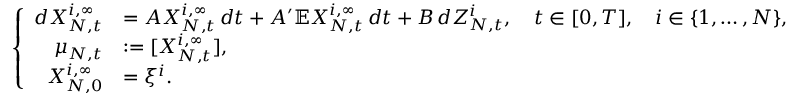
\left\{ \begin{array} { r l l } { d X _ { N , t } ^ { i , \infty } } & { = A X _ { N , t } ^ { i , \infty } \, d t + A ^ { \prime } \mathbb { E } X _ { N , t } ^ { i , \infty } \, d t + B \, d Z _ { N , t } ^ { i } , \quad t \in [ 0 , T ] , \quad i \in \{ 1 , \dots , N \} , } \\ { \mu _ { N , t } } & { : = [ X _ { N , t } ^ { i , \infty } ] , } \\ { X _ { N , 0 } ^ { i , \infty } } & { = \xi ^ { i } . } \end{array} \right.